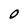
Character: O